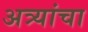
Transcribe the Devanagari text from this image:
अत्र्यांचा